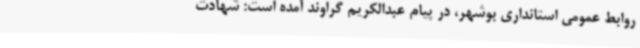
روابط عمومی استانداری بوشهر، در پیام عبدالکریم گراوند آمده است: شهادت